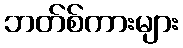
ဘတ်စ်ကားများ